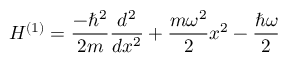
H ^ { ( 1 ) } = { \frac { - \hbar ^ { 2 } } { 2 m } } { \frac { d ^ { 2 } } { d x ^ { 2 } } } + { \frac { m \omega ^ { 2 } } { 2 } } x ^ { 2 } - { \frac { \hbar \omega } { 2 } }